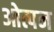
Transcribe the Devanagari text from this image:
ओत्पन